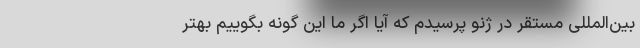
بین‌المللی مستقر در ژنو پرسیدم که آیا اگر ما این گونه بگوییم بهتر